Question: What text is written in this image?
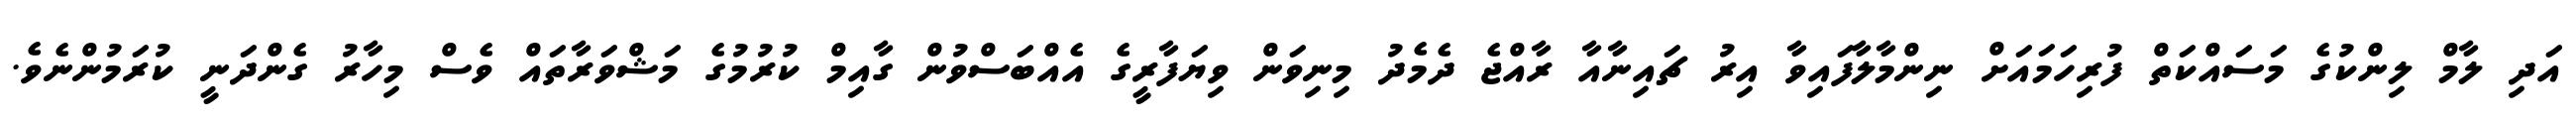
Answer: އަދި ލާމް ލިންކުގެ މަސައްކަތް ފުރިހަމައަށް ނިންމާލާފައިވާ އިރު ޗައިނާއާ ރާއްޖެ ދެމެދު މިނިވަން ވިޔަފާރީގެ އެއްބަސްވުން ގާއިމް ކުރުމުގެ މަޝްވަރާތައް ވެސް މިހާރު ގެންދަނީ ކުރަމުންނެވެ.